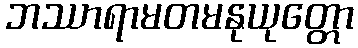
ဘဿာရာမတမနုယုတ္တော